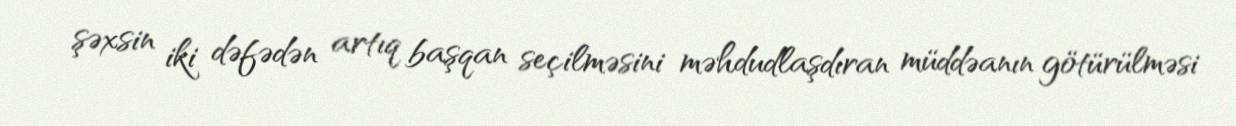
şəxsin iki dəfədən artıq başqan seçilməsini məhdudlaşdıran müddəanın götürülməsi